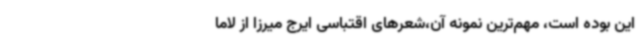
این بوده است، مهم‌ترین نمونه آن،شعرهای اقتباسی ایرج میرزا از لاما